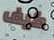
كيف